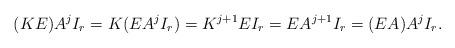
LaTeX: \begin{align*} (K E)A^{j}I_r=K(EA^{j}I_r)=K^{j+1}E I_r=E A^{j+1}I_r=(E A )A^{j}I_r.\end{align*}